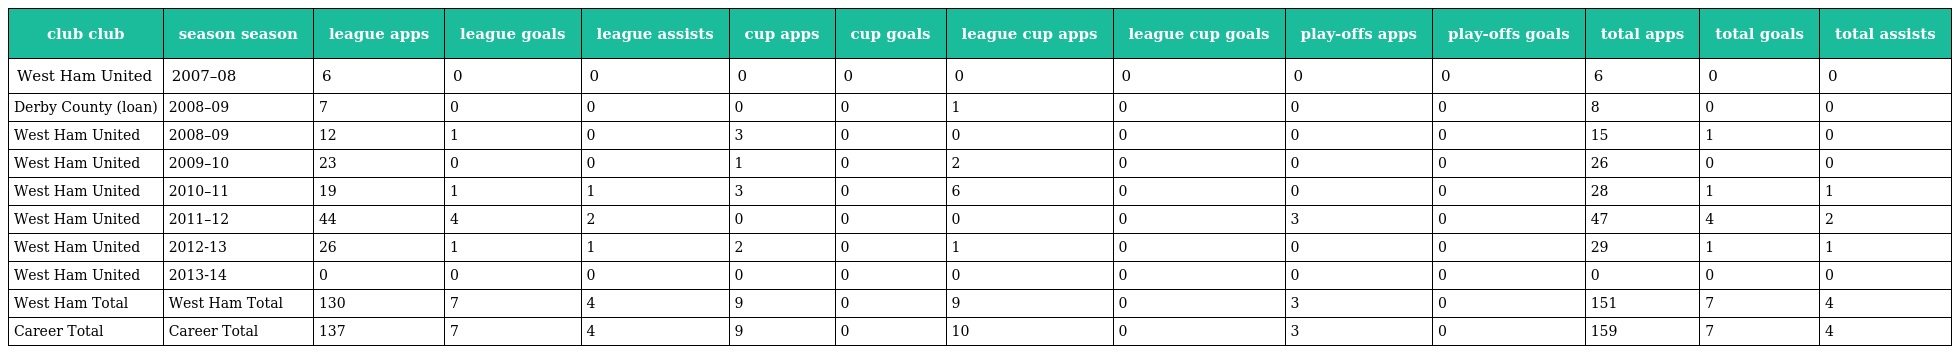
| club club | season season | league apps | league goals | league assists | cup apps | cup goals | league cup apps | league cup goals | play-offs apps | play-offs goals | total apps | total goals | total assists |
 | --- | --- | --- | --- | --- | --- | --- | --- | --- | --- | --- | --- | --- | --- |
 | West Ham United | 2007–08 | 6 | 0 | 0 | 0 | 0 | 0 | 0 | 0 | 0 | 6 | 0 | 0 |
 | Derby County (loan) | 2008–09 | 7 | 0 | 0 | 0 | 0 | 1 | 0 | 0 | 0 | 8 | 0 | 0 |
 | West Ham United | 2008–09 | 12 | 1 | 0 | 3 | 0 | 0 | 0 | 0 | 0 | 15 | 1 | 0 |
 | West Ham United | 2009–10 | 23 | 0 | 0 | 1 | 0 | 2 | 0 | 0 | 0 | 26 | 0 | 0 |
 | West Ham United | 2010–11 | 19 | 1 | 1 | 3 | 0 | 6 | 0 | 0 | 0 | 28 | 1 | 1 |
 | West Ham United | 2011–12 | 44 | 4 | 2 | 0 | 0 | 0 | 0 | 3 | 0 | 47 | 4 | 2 |
 | West Ham United | 2012-13 | 26 | 1 | 1 | 2 | 0 | 1 | 0 | 0 | 0 | 29 | 1 | 1 |
 | West Ham United | 2013-14 | 0 | 0 | 0 | 0 | 0 | 0 | 0 | 0 | 0 | 0 | 0 | 0 |
 | West Ham Total | West Ham Total | 130 | 7 | 4 | 9 | 0 | 9 | 0 | 3 | 0 | 151 | 7 | 4 |
 | Career Total | Career Total | 137 | 7 | 4 | 9 | 0 | 10 | 0 | 3 | 0 | 159 | 7 | 4 |